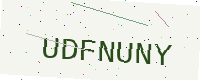
Text: UDFNUNY